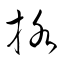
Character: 挌